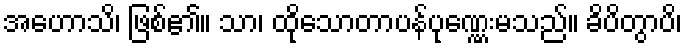
အဟောသိ၊ ဖြစ်၏။ သာ၊ ထိုသောတာပန်ပုဏ္ဏေးမသည်။ ခိပိတွာပိ၊